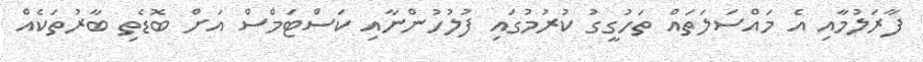
ފާރަލުމާއި އެ މައްސަލަތައް ތަހުގީގު ކުރުމުގައި ފުލުހުންނާއި ކަސްޓަމްސް އަށް ބޮޑެތި ބާރުތަކެއް